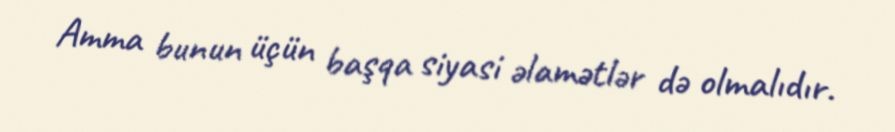
Amma bunun üçün başqa siyasi əlamətlər də olmalıdır.